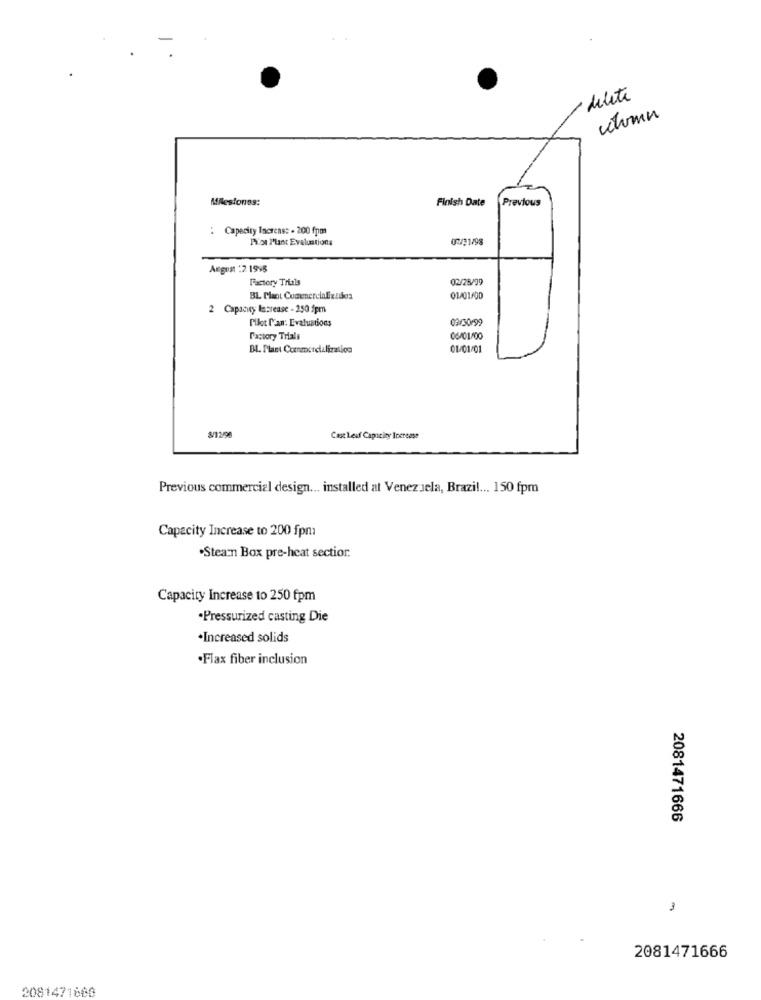
delete
Milestones:
Finish Date
Previous
: Capacity Increns: - 200 fpm
Por Plant Evaluations
07/31/98
August :2 1998
Factory Trials
02/28/99
BL Plant Comenercializises
2 Capacey lacrease - 250 fpm
Pilot l'an: Evaluations
02/30/99
Factory Trials
06/01/00
BL. Plant Ccenmercialization
01/01/01
Cast Les Capacity Increase
Previous commercial design ... installed at Venezuela, Brazil ... 150 fpm
Capacity Increase to 200 fpm
.Stearn Box pre-heat sectior.
Capacity Increase to 250 fpm
·Pressurized casting Die
·Increased solids
.Flax fiber inclusion
2081471666
3
2081471666
2081471600